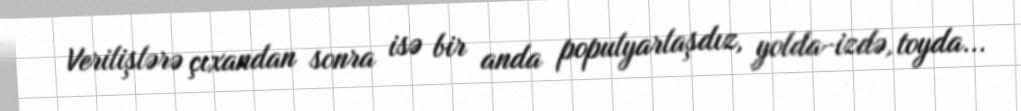
Verilişlərə çıxandan sonra isə bir anda populyarlaşdız, yolda-izdə, toyda...